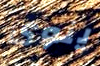
ينوى